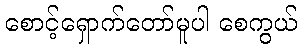
စောင့်ရှောက်တော်မူပါ စေကွယ်